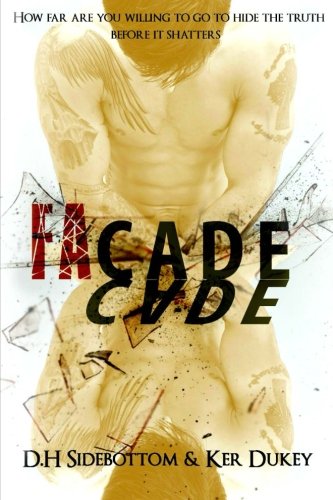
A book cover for FaCade; Ker Dukey; Romance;